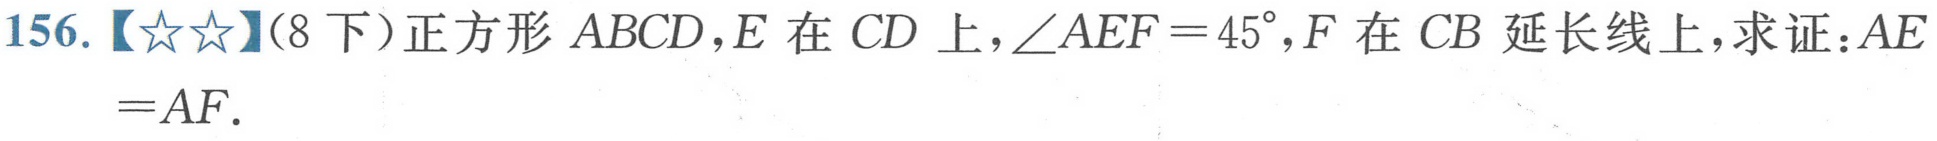
156.【☆☆】(8下)正方形 \(ABCD\)，\(E\)在 \(CD\)上，\(\angle AEF = 45^{\circ}\)，\(F\)在 \(CB\)延长线上，求证：\(AE=AF\).